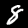
Digit: 8